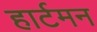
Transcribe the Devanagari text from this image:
हार्टमन